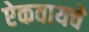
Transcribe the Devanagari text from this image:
ऐकवायचे